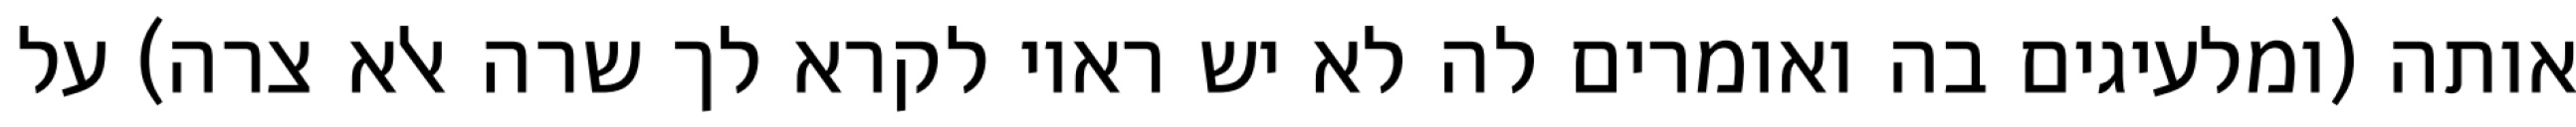
אותה (ומלעיגים בה ואומרים לה לא יש ראוי לקרא לך שרה אלא צרה) על